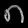
Digit: ၈